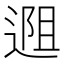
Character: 𬨱